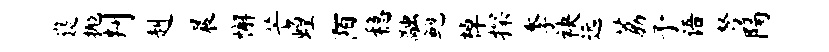
嶷抛判赳晨懈芒蝗陌稳融鲍棹探季袂远荔予语弩隔